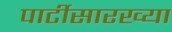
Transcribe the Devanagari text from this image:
पार्टीसारख्या